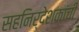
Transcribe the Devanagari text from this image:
सहनिर्देशकांची